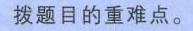
搜题目的重难点。